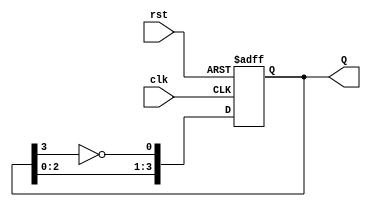
module johnson_counter #(
    parameter n = 4 // Number of flip-flops
) (
    input wire clk,        // Clock input
    input wire rst,        // Asynchronous reset
    output reg [n-1:0] Q   // Output state of the counter
);

    // Always block for synchronous operation on the rising edge of the clock
    always @(posedge clk or posedge rst) begin
        if (rst) begin
            Q <= 0; // Asynchronous reset to 0
        end else begin
            Q <= {Q[n-2:0], ~Q[n-1]}; // Shift and feedback the inverted last flip-flop
        end
    end

endmodule